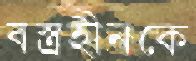
বস্ত্রহীনকে